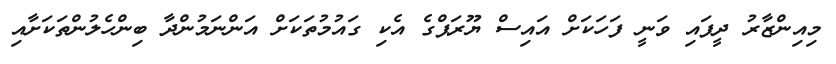
މިއިންޒާރު ދީފައި ވަނީ ފަހަކަށް އައިސް ޔޫރަޕްގެ އެކި ގައުމުތަކަށް އަންނަމުންދާ ބިންހެލުންތަކަށާއި